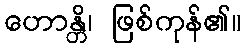
ဟောန္တိ၊ ဖြစ်ကုန်၏။